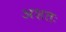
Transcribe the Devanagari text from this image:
अशतः